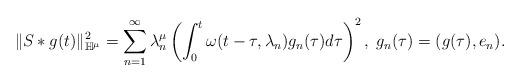
LaTeX: \begin{align*}\|S*g(t)\|^2_{\mathbb H^\mu} = \sum_{n=1}^\infty \lambda^\mu_n \left(\int_0^t \omega(t-\tau,\lambda_n)g_n(\tau)d\tau\right)^2,\; g_n(\tau)=(g(\tau),e_n).\end{align*}